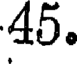
45.